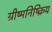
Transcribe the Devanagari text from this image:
ग्रीष्मनिष्क्रिय